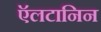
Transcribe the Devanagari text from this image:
ऍलटानिन